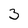
Character: 3